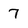
Character: 7